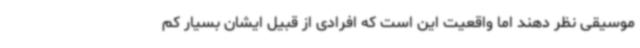
موسیقی نظر دهند اما واقعیت این است که افرادی از قبیل ایشان بسیار کم